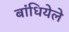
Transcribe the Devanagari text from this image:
बांधियेले